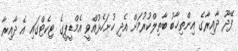
ފޭދޫ ދާއިރާގެ އިންތިޚާބު ބާތިލްކުރުމަށް އެދި ހުށަހެޅުއްވީ އެމްޑީޕީގެ ޓިކެޓްގައި އެ ދާއިރާ